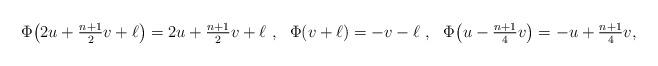
LaTeX: \begin{align*}\Phi\bigl(2 u+\tfrac{n+1}{2}v +\ell\bigr)=2 u+\tfrac{n+1}{2}v +\ell\ ,\ \ \Phi(v+\ell)=-v-\ell\ , \ \ \Phi\bigl( u-\tfrac{n+1}{4}v\bigr)= -u+\tfrac{n+1}{4}v,\end{align*}